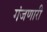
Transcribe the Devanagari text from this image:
गंजणारी